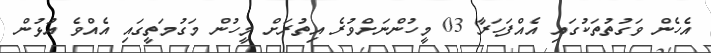
އެހެން ވަގުތުތަކުގައި އެއްފަހަރާ 03 މީހުންނަށްވުރެ އިތުރަށް މީހުން މަގުމަތީގައި އެއްވެ އުޅުން